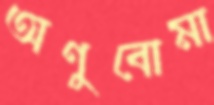
অণুবোমা